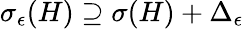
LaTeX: \begin{array}{r}{\sigma_{\epsilon}(H)\supseteq\sigma(H)+\Delta_{\epsilon}}\end{array}